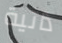
ذاتية